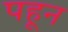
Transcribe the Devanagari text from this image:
पहून